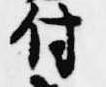
付